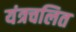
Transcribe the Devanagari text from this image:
यंत्रचलित